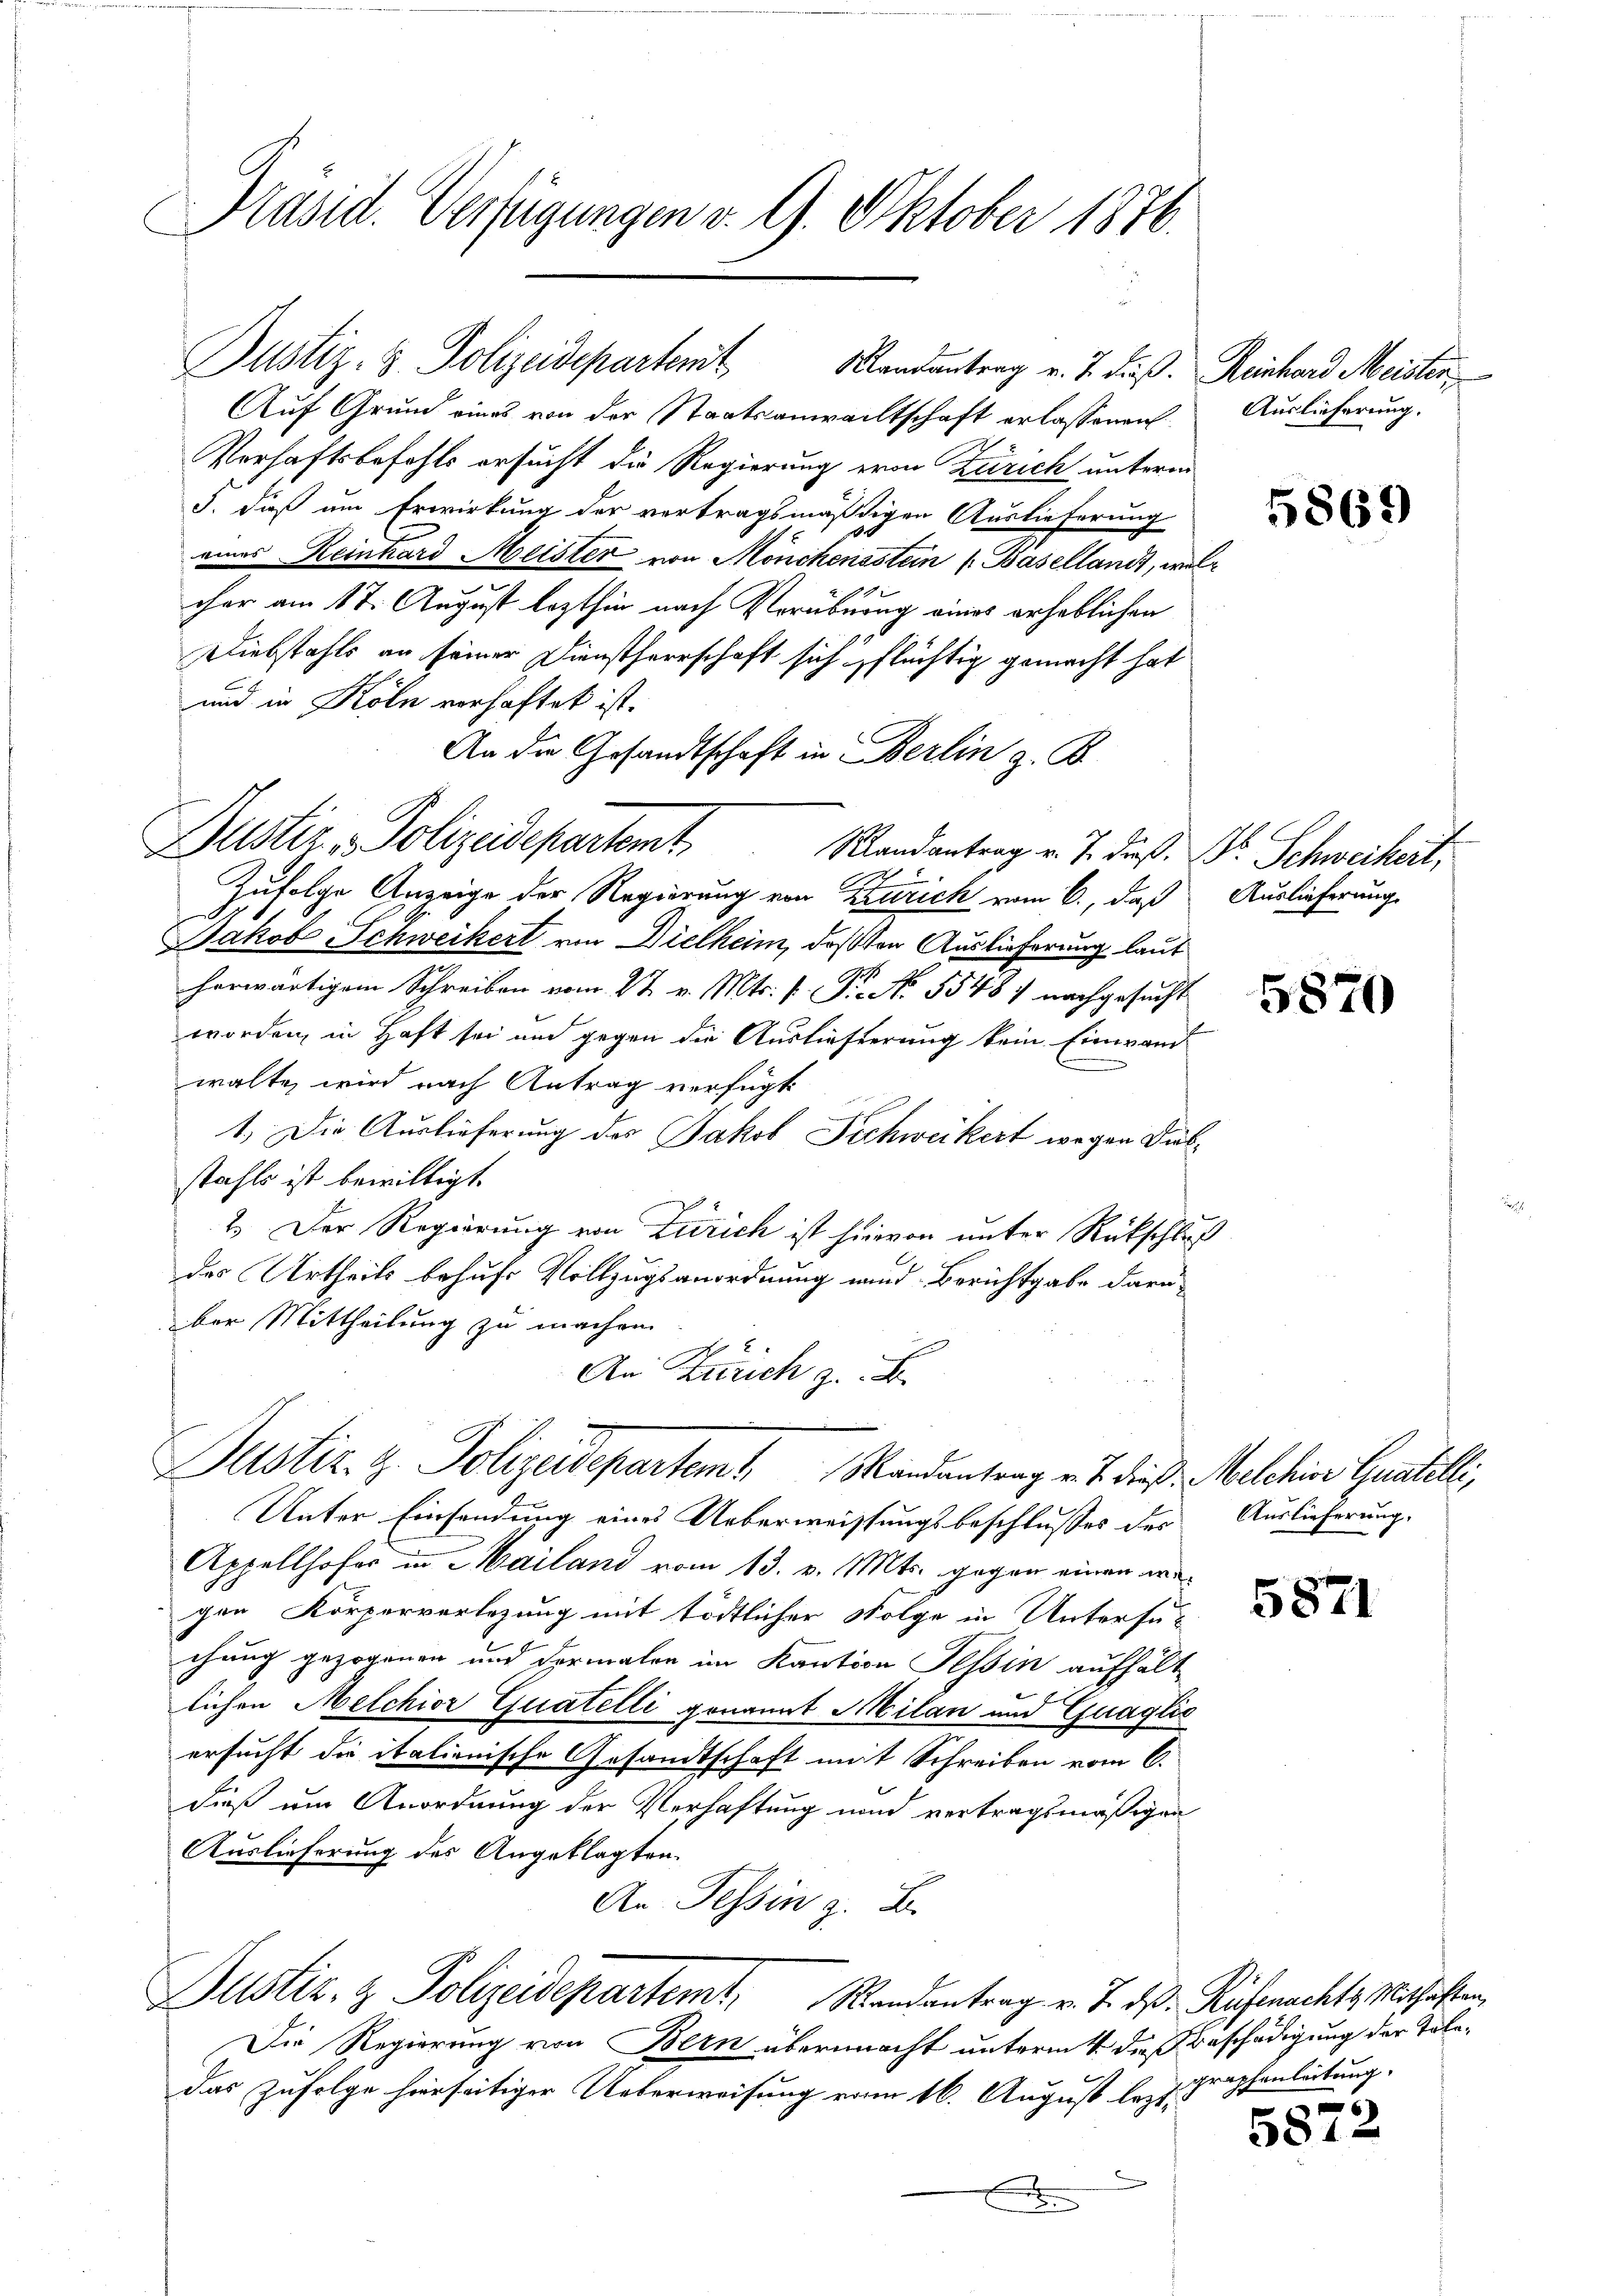
Präsid. Verfügungen v. 9. Oktober 1876.

Auf Grund eines von der Staatsanwachtschaft erlassenen
Verhaftsbefehls ersucht die Regierung von Zürich unterm
5. dieß um Erwirkung der vertragsmäßigen Auslieferung
eines Reinhard Meister von Mönchensstein (Baselland, wo
cher am 17. August lezthin nach Verübung eines erheblichen
Diebstahls an seiner Dienstherrschaft sich pflüchtig gemacht hat
und in Köln verhaftet ist.
An die Gesandtschaft in Berlin z. B.
Randantrag v. J. dieß, Dr. Schweikert,
Zufolge Anzeige der Regierung von Zürich vom 6., daß
Jakob Schweikert von Dielheim, daß von Auslieferung laut
Geß
herwärtigem Schreiben vom 2t v. Mts. f. Sie No. 5548) nachgesucht
worden, in Haft sei und gegen die Auslieferung kein Einwand
walte wird nach Antrag verfügt:
1. Die Auslieferung des Jakob Schweikert wegen Diebstahls ist bewilligt.
2.) Der Regierung von Zürich ist hievon unter Rückschlades Urtheils behufs Vollzugsanordnung und Berichtgabe darü-
ber Mittheilung zu machen.
An Errich z. B.
Justiz- & Polizeidepartem Mandantrag v. J. diese Melchine Guatelli,
Unter Einsendung eines Ueberweissungsbeschlusses des
Appellhofer in Mailand vom 13. v. Mts. gegen einen wegen Körperverlegung mit tödtlicher Folge in Untersuchung gezogenen und dermalen im Kanton Tessin aufhält
lichen Melchior Quatelli genannt Milan und Guaglić
ersucht die italienische Gesandtschaft mit Schreiben vom 6.
dieß um Anordnung der Verhaftung und vertragsmäßigen
Auslieferung des Angeklagten.
An Tessin z. B.
Justiz- & Polizeidepartemt, Randantrag v. J. ds. Rüfenachte Mithaften,
Die Regierung von Bern übermacht unterm 4. die Beschädigung der Tole¬
Das Zufolge hierseitiger Ueberweisung vom 16. August lezt Traphenleitung.
.

Justiz - Polizeidepartemt

Justiz- & Polizeidepartemit Mandantrag v. J. dieß.

Reinhard Meister.
Auslieferung.

l

5869

Auslieferung.

5870

Auslieferung.

5871

6

5812